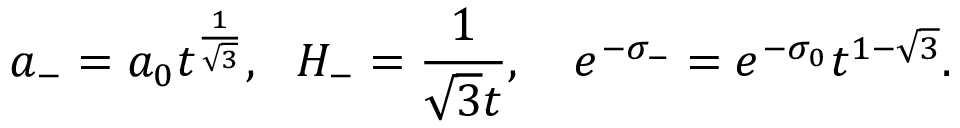
a _ { - } = a _ { 0 } t ^ { \frac { 1 } { \sqrt { 3 } } } , ~ ~ H _ { - } = \frac { 1 } { \sqrt { 3 } t } , ~ ~ ~ e ^ { - \sigma _ { - } } = e ^ { - \sigma _ { 0 } } t ^ { 1 - \sqrt { 3 } } .